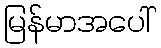
မြန်မာအပေါ်